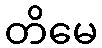
တိမေ